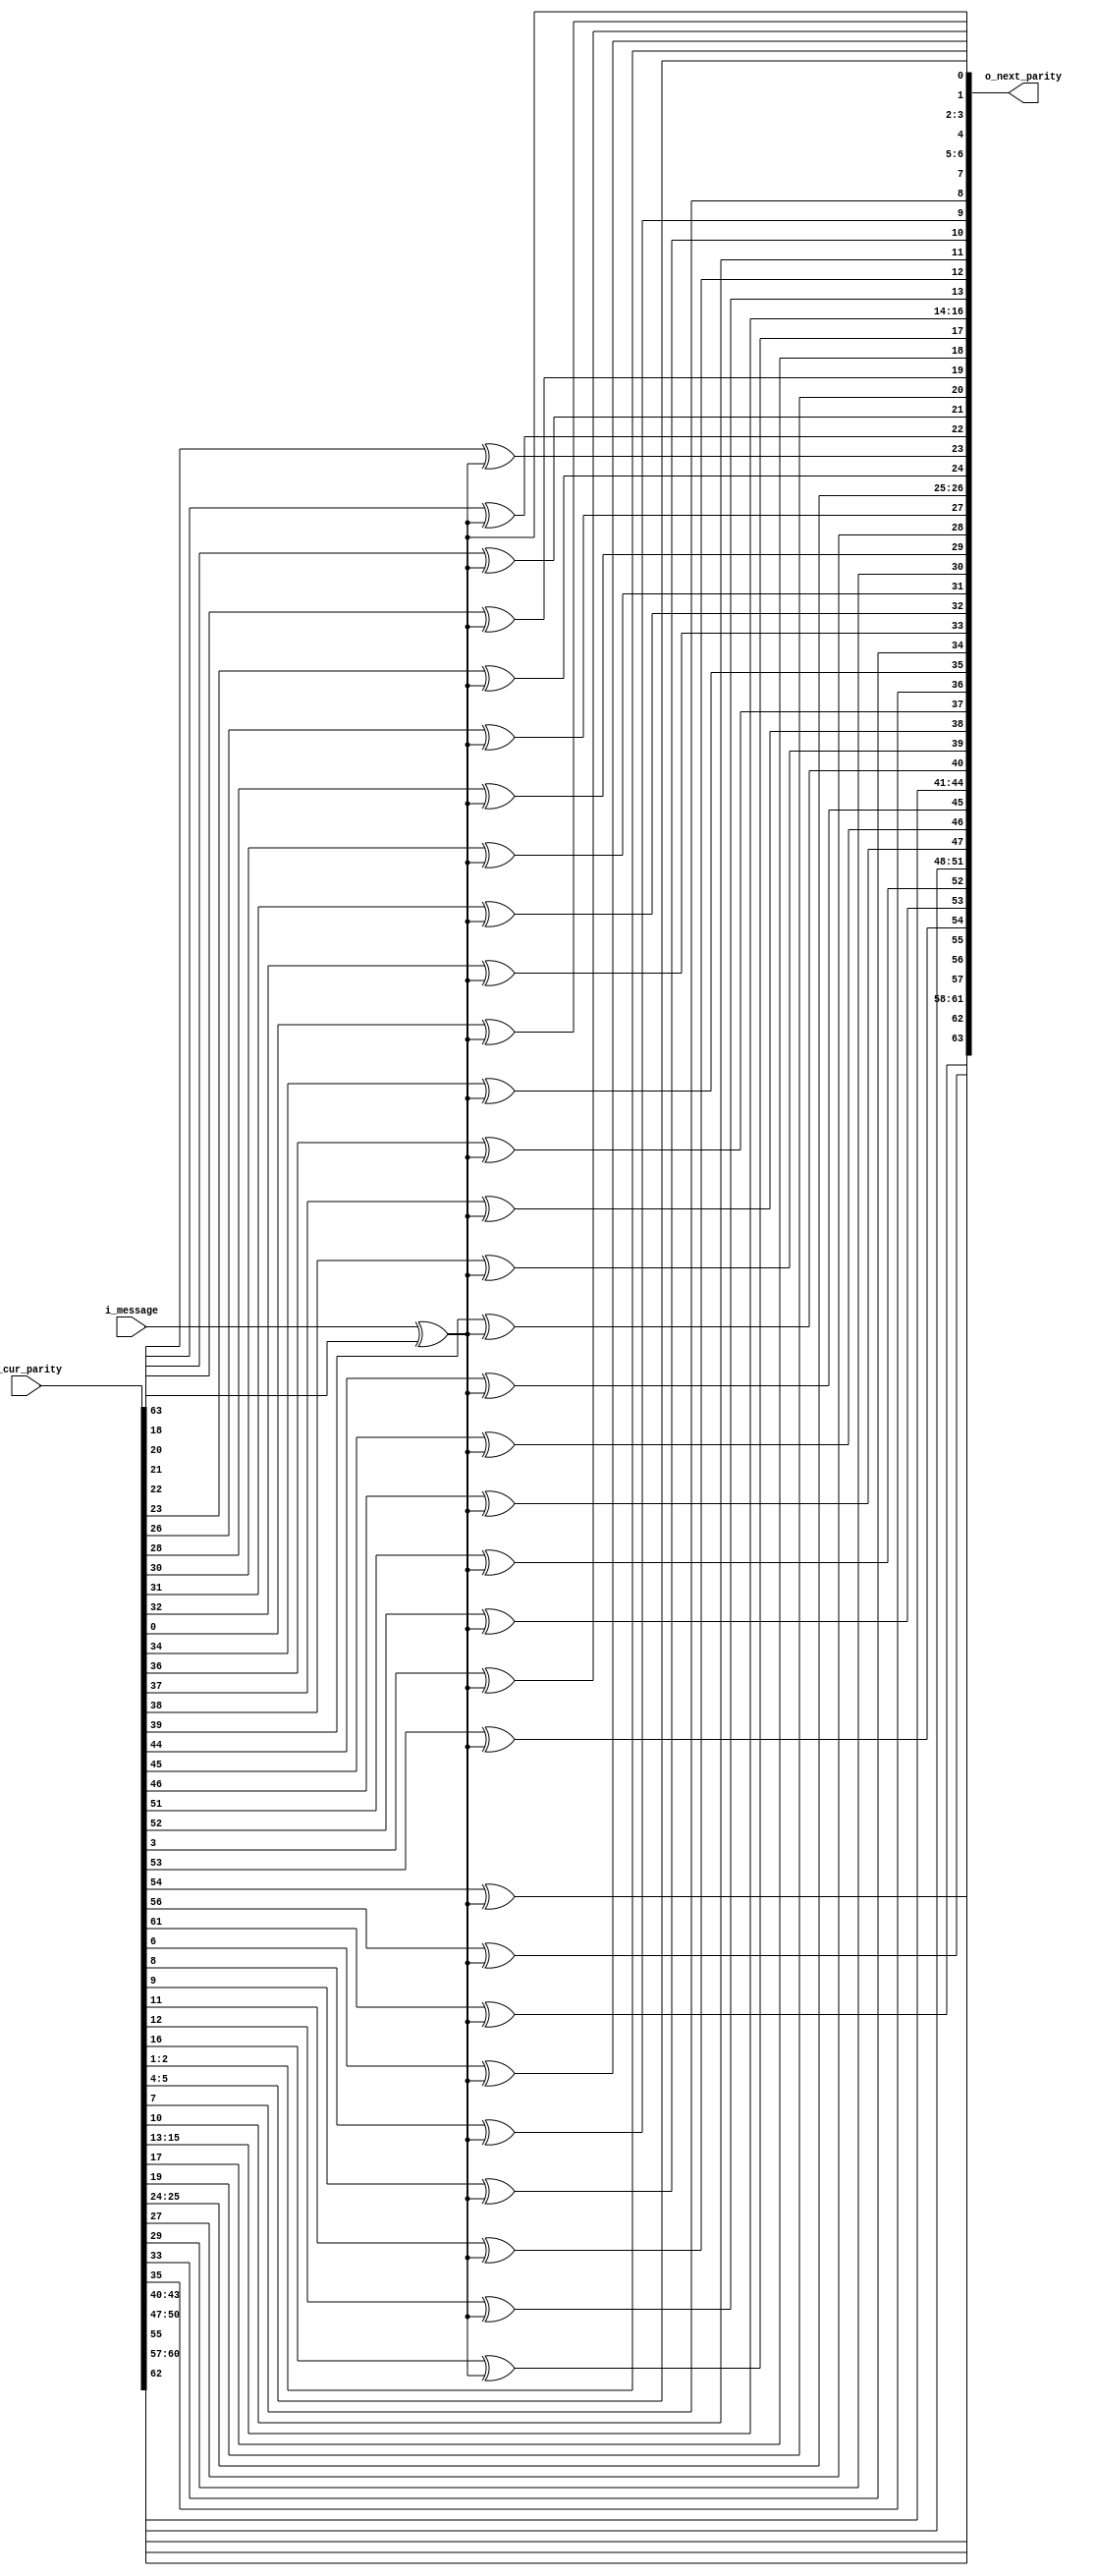
//////////////////////////////////////////////////////////////////////////////////
// CRC_serial_m_lfs_XOR.v for Cosmos OpenSSD
// Copyright (c) 2015 Hanyang University ENC Lab.
// Contributed by Jinwoo Jeong <jwjeong@enc.hanyang.ac.kr>
//                Ilyong Jung <iyjung@enc.hanyang.ac.kr>
//                Yong Ho Song <yhsong@enc.hanyang.ac.kr>
//
// This file is part of Cosmos OpenSSD.
//
// Cosmos OpenSSD is free software; you can redistribute it and/or modify
// it under the terms of the GNU General Public License as published by
// the Free Software Foundation; either version 3, or (at your option)
// any later version.
//
// Cosmos OpenSSD is distributed in the hope that it will be useful,
// but WITHOUT ANY WARRANTY; without even the implied warranty of
// MERCHANTABILITY or FITNESS FOR A PARTICULAR PURPOSE.
// See the GNU General Public License for more details.
//
// You should have received a copy of the GNU General Public License
// along with Cosmos OpenSSD; see the file COPYING.
// If not, see <http://www.gnu.org/licenses/>. 
//////////////////////////////////////////////////////////////////////////////////

//////////////////////////////////////////////////////////////////////////////////
// Company: ENC Lab. <http://enc.hanyang.ac.kr>
//           Ilyong Jung <iyjung@enc.hanyang.ac.kr>
// 
// Project Name: Cosmos OpenSSD
// Design Name: BCH encoder/decoder
// Module Name: CRC_serial_m_lfs_XOR
//
// Version: v1.0.0
//
// Description: Serial linear feedback shift XOR for CRC code
//
//////////////////////////////////////////////////////////////////////////////////

//////////////////////////////////////////////////////////////////////////////////
// Revision History:
//
// * v1.0.0
//   - first draft 
//////////////////////////////////////////////////////////////////////////////////

`timescale 1ns / 1ps
module CRC_serial_m_lfs_XOR
#(
	parameter	HASH_LENGTH = 64
)
(
	i_message     ,  
	i_cur_parity  ,  
	o_next_parity
);
	input						i_message    ;
	input	[HASH_LENGTH-1:0]	i_cur_parity  ;
	output	[HASH_LENGTH-1:0]	o_next_parity ;
	
	localparam	[0:64]	HASH_VALUE	=	65'b11001001011011000101011110010101110101111000011100001111010000101;
	
	wire	w_feedback_term;
	
	assign	w_feedback_term	=	i_message ^ i_cur_parity[HASH_LENGTH-1];
	
	assign	o_next_parity[0]	=	w_feedback_term;
	
	genvar	i;
	generate
		for (i=1; i<HASH_LENGTH; i=i+1)
		begin: linear_function
			if (HASH_VALUE[i] == 1)
				assign	o_next_parity[i] = i_cur_parity[i-1] ^ w_feedback_term;
			else
				assign	o_next_parity[i] = i_cur_parity[i-1];
		end
	endgenerate
	
endmodule